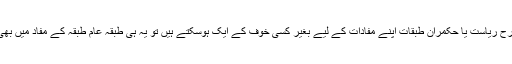
لوگوں کو نظر آنا چاہیے کہ جس طرح ریاست یا حکمران طبقات اپنے مفادات کے لیے بغیر کسی خوف کے ایک ہوسکتے ہیں تو یہ ہی طبقہ عام طبقہ کے مفاد میں بھی ایک ہوکر ان کی آواز بن سکتا ہے۔